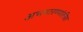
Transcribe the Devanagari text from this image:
अभयारण्यांतील